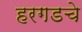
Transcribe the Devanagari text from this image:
हरगडचे